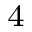
_ 4